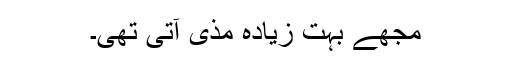
مجھے بہت زیادہ مذی آتی تھی۔